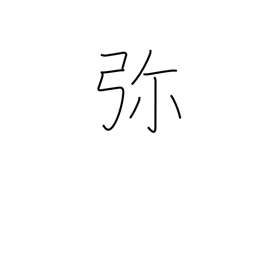
Meaning: all the more